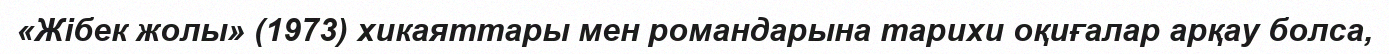
«Жібек жолы» (1973) хикаяттары мен романдарына тарихи оқиғалар арқау болса,